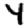
Digit: 4